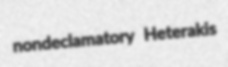
nondeclamatory Heterakis